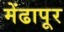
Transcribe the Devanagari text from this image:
मेंढापूर